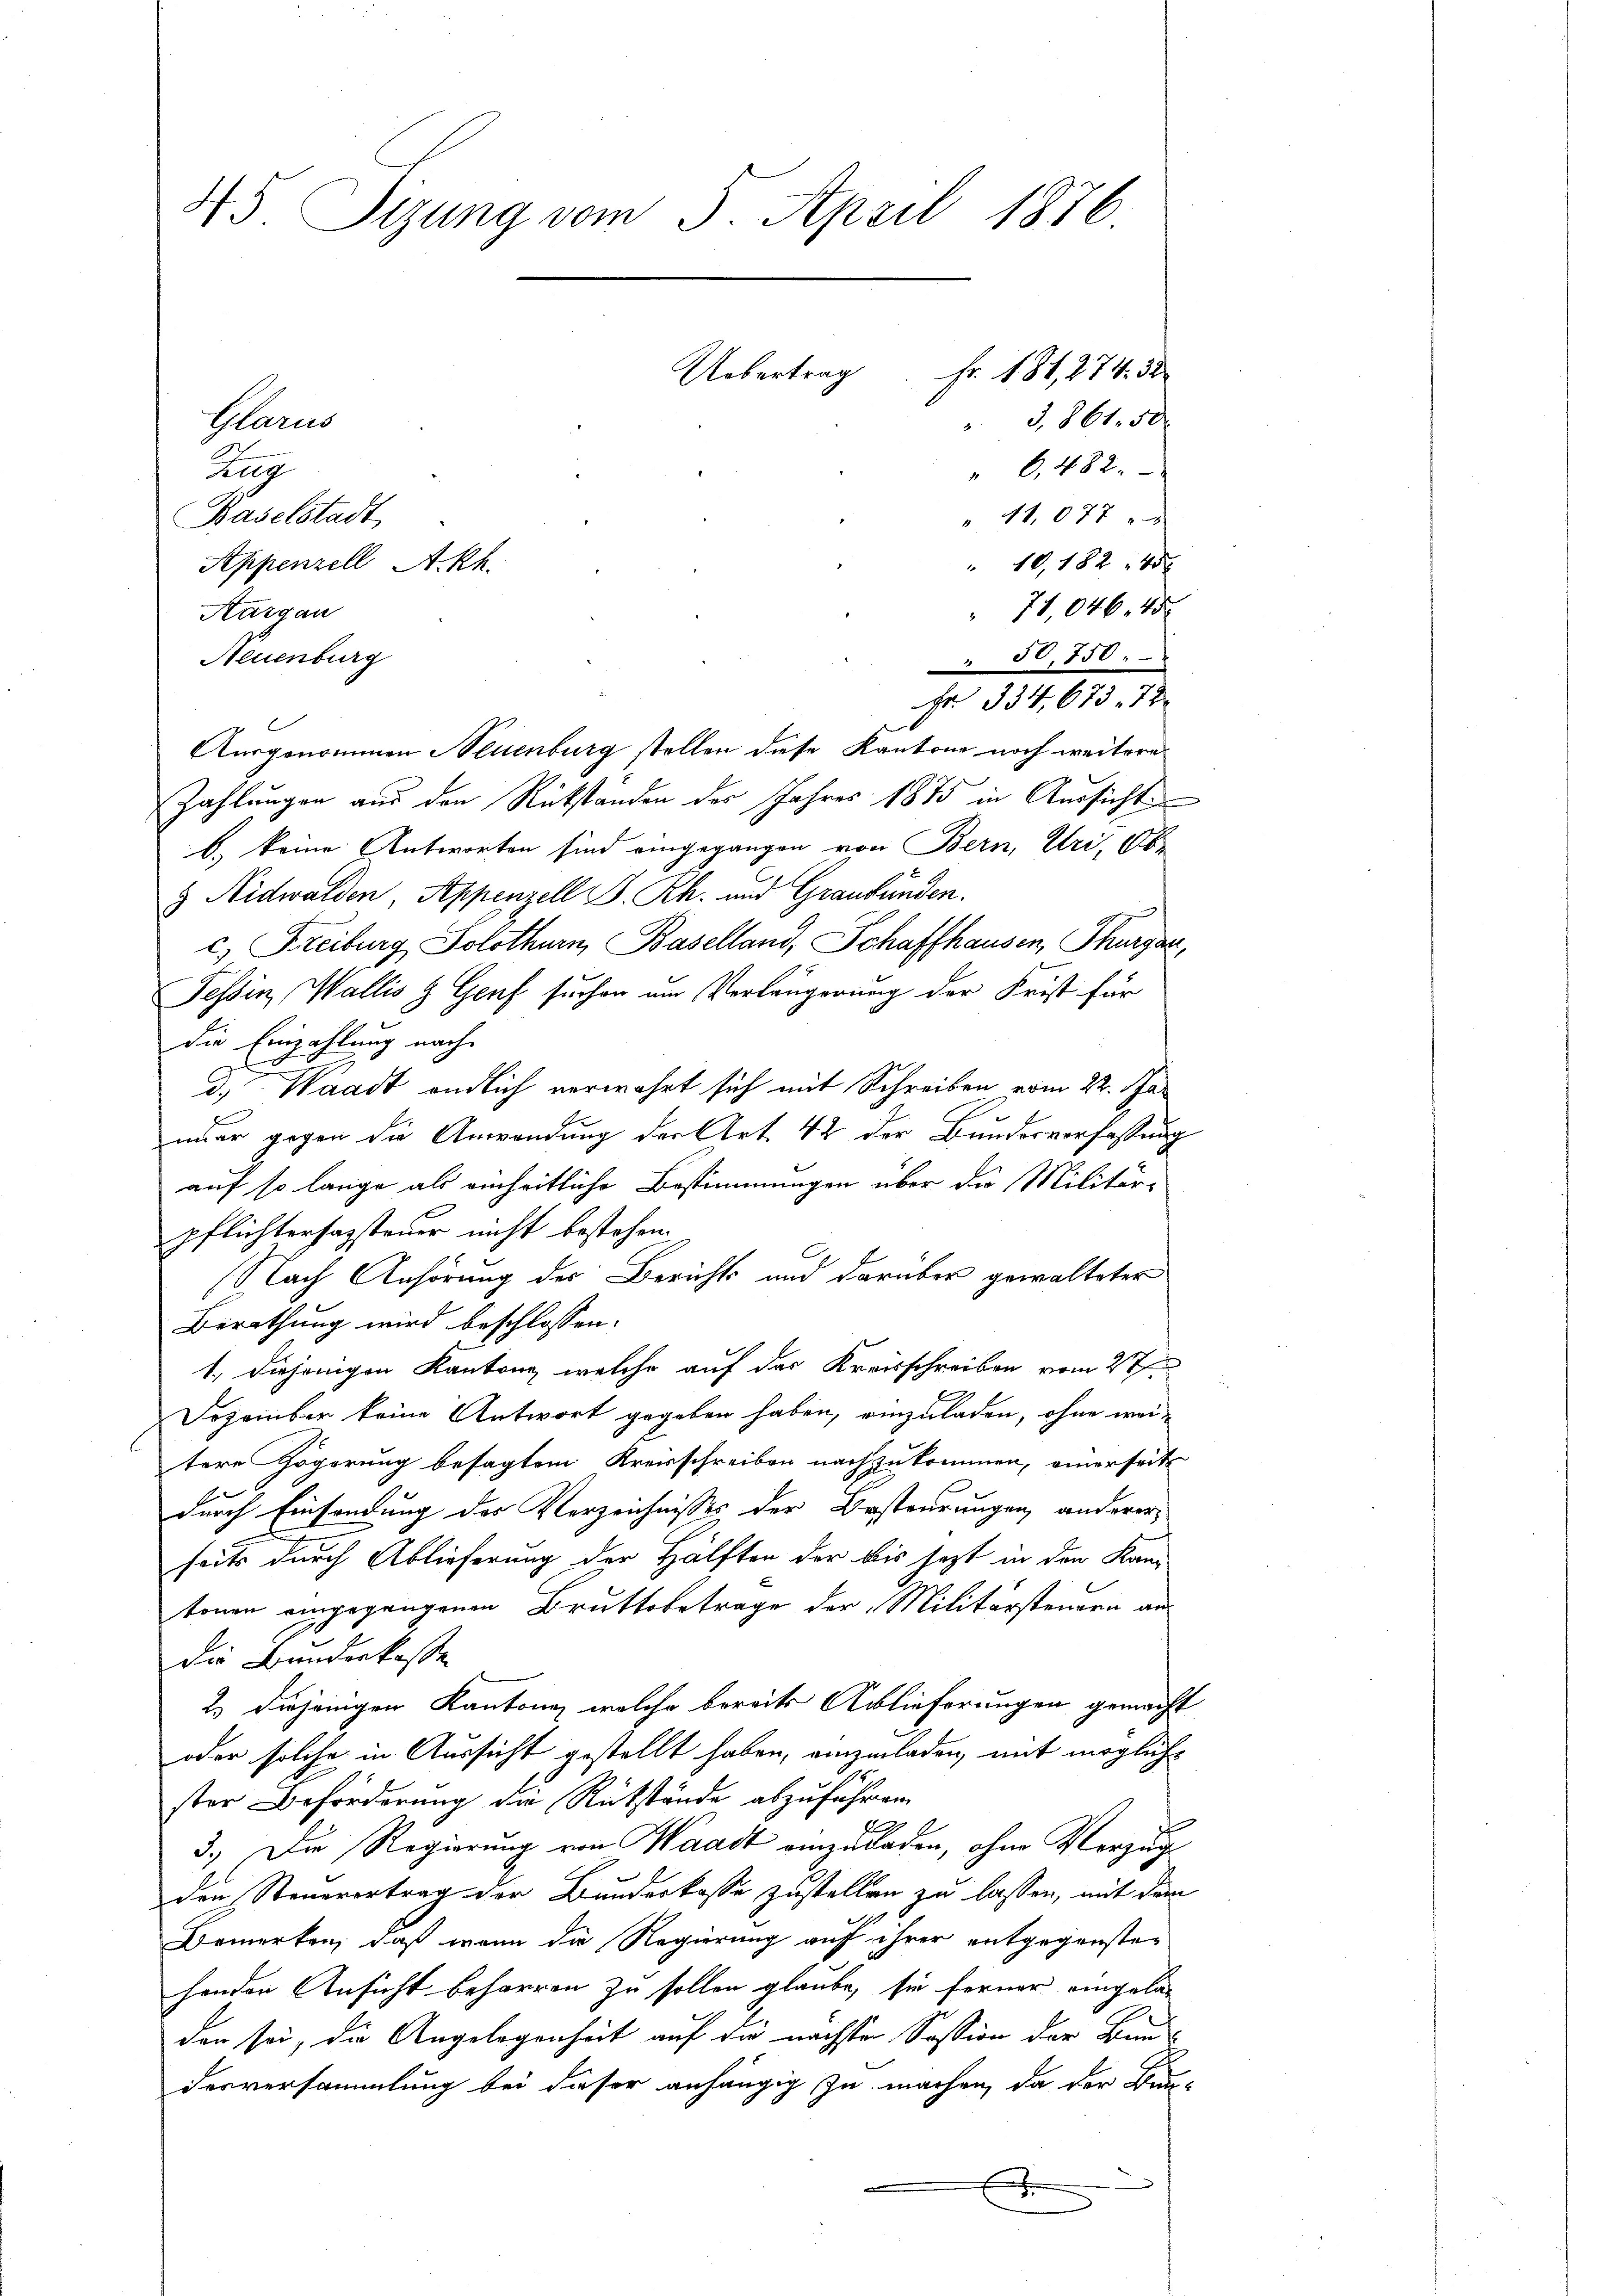
45. Sizung vom 5. April 1876
Fr. 181, 274. 3
Uebertrag
 3,861. 50
Glarus
" 6,482.
Reg
" 11077
Baselstadt
" 10,182 45
Appenzell Akh.

71,046. 45
Aargau
Neuenburg
 50,750.
Ausgenommen Neuenburg stellen diese Kantone noch weitere
Zahlungen aus den Rükstanden des Jahres 1875 in Aussicht
b. keine Antworten sind eingegangen von Bern, Uri, Ab
 Nidwalden Appenzell B. Rh. und Graubünden.
c) Freiburg Solothurn, Baselland, Schaffhausen, Thurgau,
Tessin, Wallis & Genf suchen um Verlängerung der Frist für
die Einzahlung nach
d. Waadt endlich verwahrt sich mit Schreiben vom 22. Januar gegen die Anwendung der Art. 42 der Bundesverfassung
auf so lange als einheitliche Bestimmungen über die Militär-
pflichterhassteuer nicht bestehen.
Nach Anhörung der Berichts und darüber gewalteter
Berathung wird beschlossen:
1., diejenigen Kantons, welche auf das Kreisschreiben vom 27.
Dezember keine Antwort gegeben haben, einzuladen, ohne weitere Zögerung besagtem Kreisschreiben nachzukommen, einerseits
durch Einsendung der Verzeichnisses der Besteurungen anderer
seits durch Ablieferung der Hälften der bis jezt in den Kantonen eingegangenen Bruttobetrage der Militärsteuern an
die Bunderkassen
2.) diejenigen Kantone, welche bereits Ablieferungen gemacht
oder solche in Aussicht gestellt haben, einzuladen, mit mögliche
ster Beförderung die Rückstände abzuführen
3.) Die Regierung von Waadt einzuladen, ohne Verzug
den Steuerertrag der Bundeskasse zustellen zu lassen, mit dem
Bemerken, daß wenn die Regierung auf ihrer entgegensten
henden Ansicht beharren zu sollen glaube, sie ferner eingela-
den sei, die Angelegenheit auf die nächsten Session der Bau
desversammlung bei dieser anhängig zu machen, da der Bun¬
.
A

Fr. 334. 673. 72